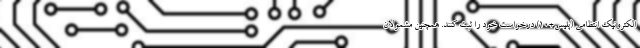
الکترونیک انتظامی (پلیس+۱۰) درخواست خود را ثبت کنند. همچنین مشمولان